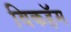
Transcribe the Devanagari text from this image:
विकहॅम